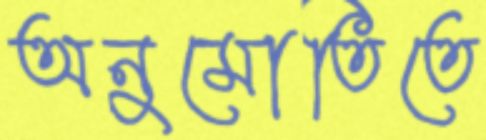
অনুমোতিতে